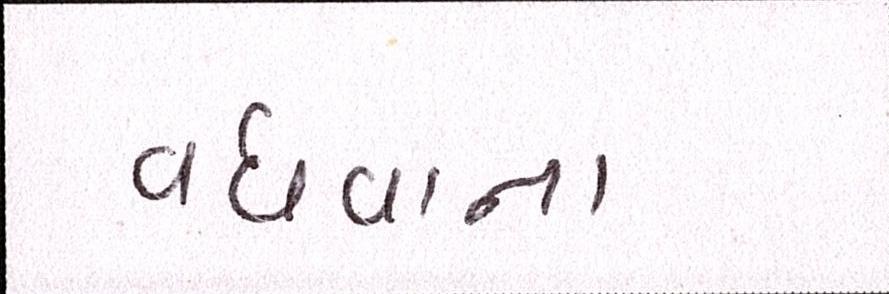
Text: વધવાના